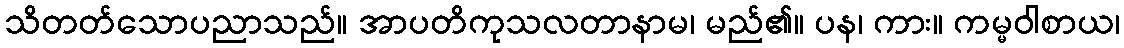
သိတတ်သောပညာသည်။ အာပတိကုသလတာနာမ၊ မည်၏။ ပန၊ ကား။ ကမ္မဝါစာယ၊